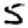
Digit: 5